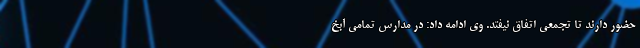
حضور دارند تا تجمعی اتفاق نیفتد. وی ادامه داد: در مدارس تمامی آبخ